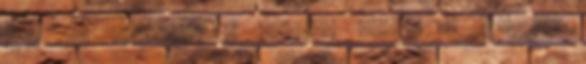
40% CU Pálinka - Servus Körte - 51% HU